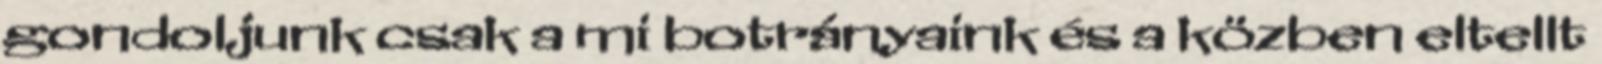
gondoljunk csak a mi botrányaink és a közben eltellt